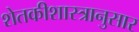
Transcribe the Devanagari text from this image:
शेतकीशास्त्रानुसार